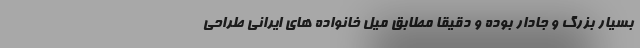
بسیار بزرگ و جادار بوده و دقیقا مطابق میل خانواده های ایرانی طراحی